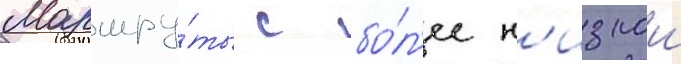
Маршру́ты с бо́л'ее н'изкои